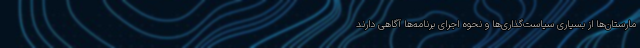
مارستان‌ها از بسیاری سیاست‌گذاری‌ها و نحوه اجرای برنامه‌ها آگاهی دارند